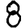
Digit: 8